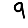
Digit: 9